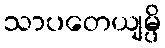
သာပတေယျမ္ပိ